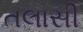
તલાસી